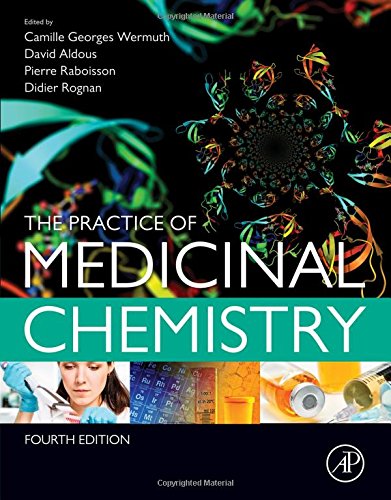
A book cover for The Practice of Medicinal Chemistry, Fourth Edition; Science & Math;